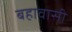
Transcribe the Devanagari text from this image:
बहावासी